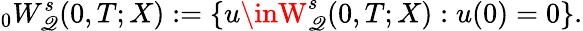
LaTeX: {}_{0}W_{\mathscr{Q}}^{s}(0,T;X):=\{ u\inW_{\mathscr{Q}}^{s}(0,T;X):u(0)=0\} .